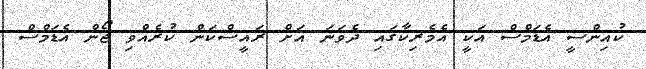
ކުއިންސީ އެޑަމްސް އަކީ އެމެރިކާގައި ދެވަނަ އަށް ރައީސްކަން ކުރެއްވި ޖޯން އެޑަމްސް